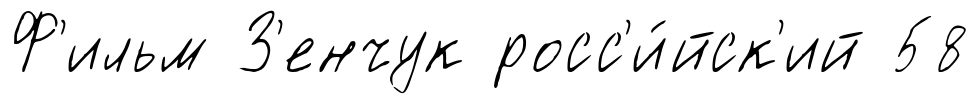
Ф'ильм З'енчук росс'и́йск'ий 58